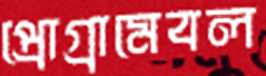
প্রোগ্রামেবল